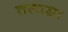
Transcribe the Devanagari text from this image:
तलाळा